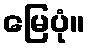
မြေပုံ။